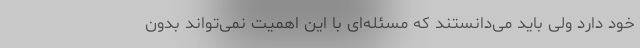
خود دارد ولی باید می‌دانستند که مسئله‌ای با این اهمیت نمی‌تواند بدون